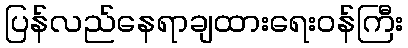
ပြန်လည်နေရာချထားရေးဝန်ကြီး